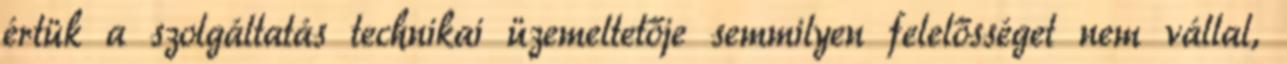
értük a szolgáltatás technikai üzemeltetője semmilyen felelősséget nem vállal,